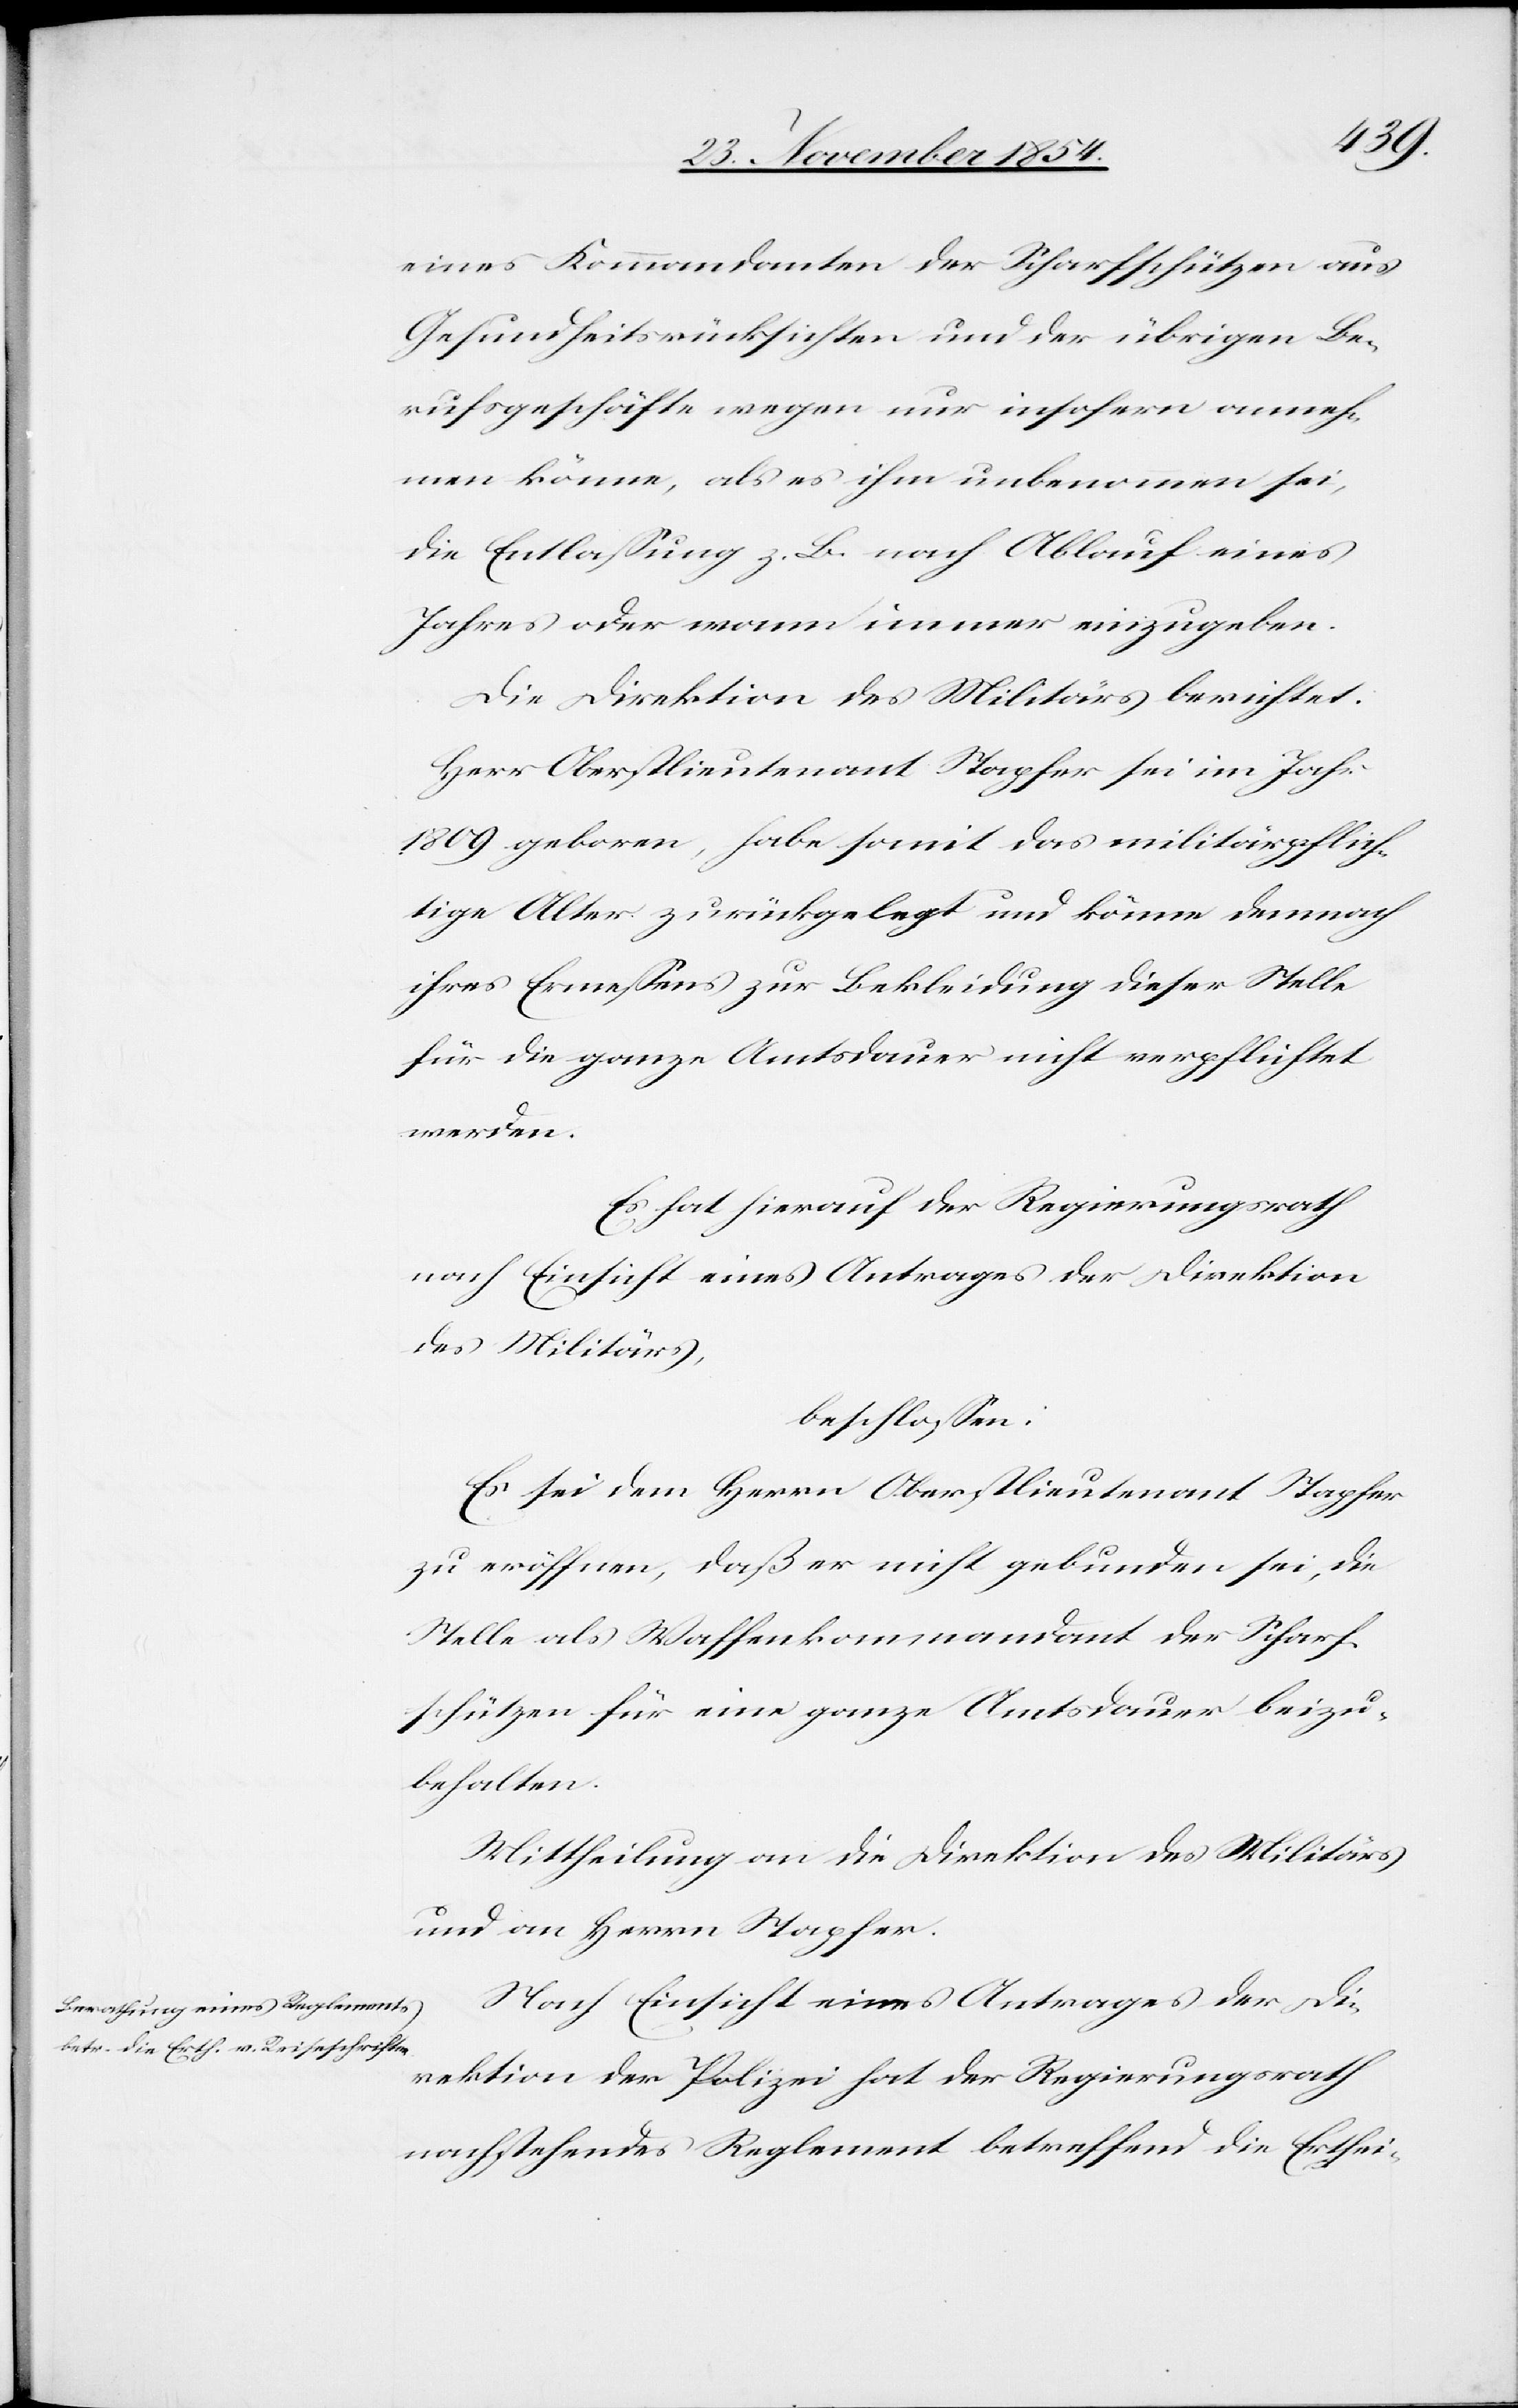
eines Kommandanten der Scharfschützen aus
Gesundheitsrücksichten und der übrigen Be¬
rufsgeschäfte wegen nur insofern anneh¬
men könne, als es ihm unbenommen sei,
die Entlaßung z. B. nach Ablauf eines
Jahres oder wann immer einzugeben.
Die Direktion des Militärs berichtet:
Herr Oberstlieutenant Stapfer sei im Jahr
1809 geboren, habe somit das militärpflich¬
tige Alter zurückgelegt und könne demnach
ihres Ermeßens zur Bekleidung dieser Stelle
für die ganze Amtsdauer nicht verpflichtet
werden.
Es hat hierauf der Regierungsrath
nach Einsicht eines Antrages der Direktion
des Militärs,
beschloßen:
Es sei dem Herrn Oberstlieutenant Stapfer
zu eröffnen, daß er nicht gebunden sei, die
Stelle als Waffenkommandant der Scharf¬
schützen für eine ganze Amtsdauer beizu¬
behalten.
Mittheilung an die Direktion des Militärs
und an Herrn Stapfer.
Nach Einsicht eines Antrages der Di¬
rektion der Polizei hat der Regierungsrath
nachstehendes Reglement betreffend die Erthei-